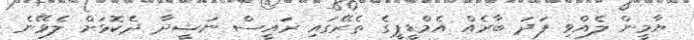
ޔާމީން ލެއްވި ފަދަ ބާރެއް އެމްޑީޕީގެ ތެރޭގައި ރައީސް ނަޝީދާ ދެކޮޅަށް ލެވޭނެ